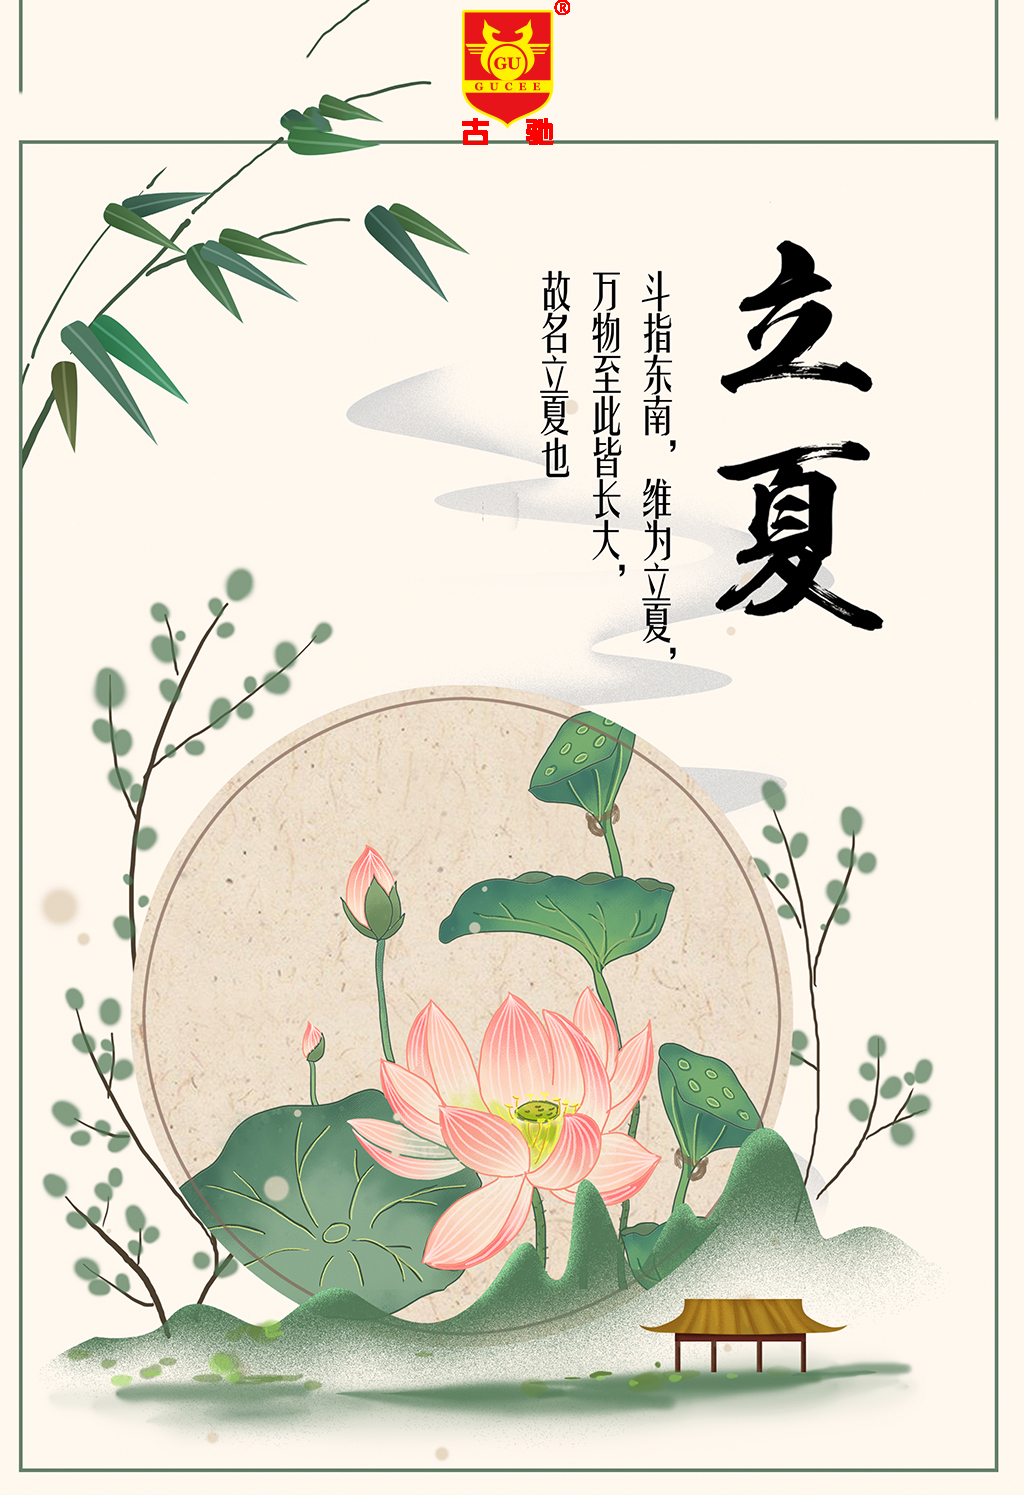
长夏村墟风日清，檐牙燕雀已生成。